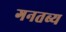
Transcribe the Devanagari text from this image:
गनतब्य